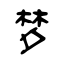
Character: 梦